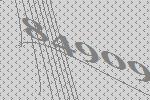
84909